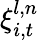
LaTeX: \xi_{i,t}^{l,n}